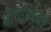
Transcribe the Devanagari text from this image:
नीचांकावर